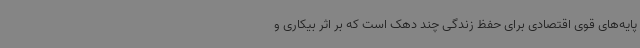
پایه‌های قوی اقتصادی برای حفظ زندگی چند دهک است که بر اثر بیکاری و